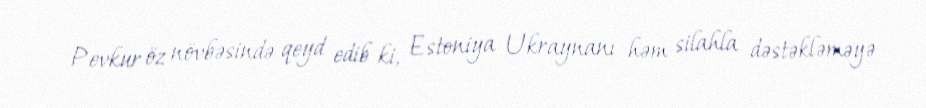
Pevkur öz növbəsində qeyd edib ki, Estoniya Ukraynanı həm silahla dəstəkləməyə